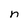
Character: n